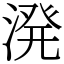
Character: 溌